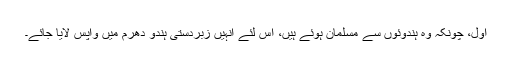
اول، چونکہ وہ ہندوئوں سے مسلمان ہوئے ہیں، اس لئے انہیں زبردستی ہندو دھرم میں واپس لایا جائے۔